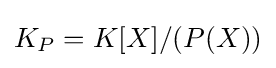
K_{P}=K[X]/(P(X))